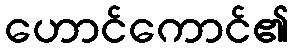
ဟောင်ကောင်၏